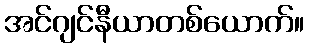
အင်ဂျင်နီယာတစ်ယောက်။